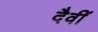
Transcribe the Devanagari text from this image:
दैवीं